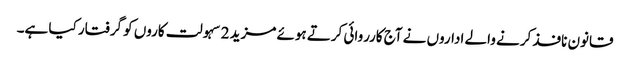
قانون نافذ کرنے والے اداروں نے آج کارروائی کرتے ہوئے مزید 2 سہولت کاروں کو گرفتار کیا ہے۔